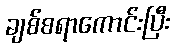
ချစ်စရာကောင်းပြီး